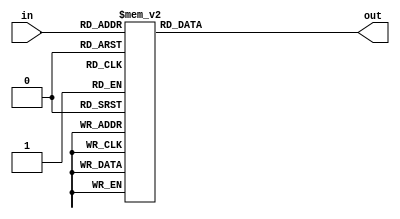
module Sbox (
    input [7:0] in,
    output reg[7:0] out
);
    always @(*) begin
        case(in)
            8'h00:
                out = 8'h63;
            8'h01:
                out = 8'h7C;
            8'h02:
                out = 8'h77;
            8'h03:
                out = 8'h7B;
            8'h04:
                out = 8'hF2;
            8'h05:
                out = 8'h6B;
            8'h06:
                out = 8'h6F;
            8'h07:
                out = 8'hC5;
            8'h08:
                out = 8'h30;
            8'h09:
                out = 8'h01;
            8'h0A:
                out = 8'h67;
            8'h0B:
                out = 8'h2B;
            8'h0C:
                out = 8'hFE;
            8'h0D:
                out = 8'hD7;
            8'h0E:
                out = 8'hAB;
            8'h0F:
                out = 8'h76;
            8'h10:
                out = 8'hCA;
            8'h11:
                out = 8'h82;
            8'h12:
                out = 8'hC9;
            8'h13:
                out = 8'h7D;
            8'h14:
                out = 8'hFA;
            8'h15:
                out = 8'h59;
            8'h16:
                out = 8'h47;
            8'h17:
                out = 8'hF0;
            8'h18:
                out = 8'hAD;
            8'h19:
                out = 8'hD4;
            8'h1A:
                out = 8'hA2;
            8'h1B:
                out = 8'hAF;
            8'h1C:
                out = 8'h9C;
            8'h1D:
                out = 8'hA4;
            8'h1E:
                out = 8'h72;
            8'h1F:
                out = 8'hC0;
            8'h20:
                out = 8'hB7;
            8'h21:
                out = 8'hFD;
            8'h22:
                out = 8'h93;
            8'h23:
                out = 8'h26;
            8'h24:
                out = 8'h36;
            8'h25:
                out = 8'h3F;
            8'h26:
                out = 8'hF7;
            8'h27:
                out = 8'hCC;
            8'h28:
                out = 8'h34;
            8'h29:
                out = 8'hA5;
            8'h2A:
                out = 8'hE5;
            8'h2B:
                out = 8'hF1;
            8'h2C:
                out = 8'h71;
            8'h2D:
                out = 8'hD8;
            8'h2E:
                out = 8'h31;
            8'h2F:
                out = 8'h15;
            8'h30:
                out = 8'h04;
            8'h31:
                out = 8'hC7;
            8'h32:
                out = 8'h23;
            8'h33:
                out = 8'hC3;
            8'h34:
                out = 8'h18;
            8'h35:
                out = 8'h96;
            8'h36:
                out = 8'h05;
            8'h37:
                out = 8'h9A;
            8'h38:
                out = 8'h07;
            8'h39:
                out = 8'h12;
            8'h3A:
                out = 8'h80;
            8'h3B:
                out = 8'hE2;
            8'h3C:
                out = 8'hEB;
            8'h3D:
                out = 8'h27;
            8'h3E:
                out = 8'hB2;
            8'h3F:
                out = 8'h75;
            8'h40:
                out = 8'h09;
            8'h41:
                out = 8'h83;
            8'h42:
                out = 8'h2C;
            8'h43:
                out = 8'h1A;
            8'h44:
                out = 8'h1B;
            8'h45:
                out = 8'h6E;
            8'h46:
                out = 8'h5A;
            8'h47:
                out = 8'hA0;
            8'h48:
                out = 8'h52;
            8'h49:
                out = 8'h3B;
            8'h4A:
                out = 8'hD6;
            8'h4B:
                out = 8'hB3;
            8'h4C:
                out = 8'h29;
            8'h4D:
                out = 8'hE3;
            8'h4E:
                out = 8'h2F;
            8'h4F:
                out = 8'h84;
            8'h50:
                out = 8'h53;
            8'h51:
                out = 8'hD1;
            8'h52:
                out = 8'h00;
            8'h53:
                out = 8'hED;
            8'h54:
                out = 8'h20;
            8'h55:
                out = 8'hFC;
            8'h56:
                out = 8'hB1;
            8'h57:
                out = 8'h5B;
            8'h58:
                out = 8'h6A;
            8'h59:
                out = 8'hCB;
            8'h5A:
                out = 8'hBE;
            8'h5B:
                out = 8'h39;
            8'h5C:
                out = 8'h4A;
            8'h5D:
                out = 8'h4C;
            8'h5E:
                out = 8'h58;
            8'h5F:
                out = 8'hCF;
            8'h60:
                out = 8'hD0;
            8'h61:
                out = 8'hEF;
            8'h62:
                out = 8'hAA;
            8'h63:
                out = 8'hFB;
            8'h64:
                out = 8'h43;
            8'h65:
                out = 8'h4D;
            8'h66:
                out = 8'h33;
            8'h67:
                out = 8'h85;
            8'h68:
                out = 8'h45;
            8'h69:
                out = 8'hF9;
            8'h6A:
                out = 8'h02;
            8'h6B:
                out = 8'h7F;
            8'h6C:
                out = 8'h50;
            8'h6D:
                out = 8'h3C;
            8'h6E:
                out = 8'h9F;
            8'h6F:
                out = 8'hA8;
            8'h70:
                out = 8'h51;
            8'h71:
                out = 8'hA3;
            8'h72:
                out = 8'h40;
            8'h73:
                out = 8'h8F;
            8'h74:
                out = 8'h92;
            8'h75:
                out = 8'h9D;
            8'h76:
                out = 8'h38;
            8'h77:
                out = 8'hF5;
            8'h78:
                out = 8'hBC;
            8'h79:
                out = 8'hB6;
            8'h7A:
                out = 8'hDA;
            8'h7B:
                out = 8'h21;
            8'h7C:
                out = 8'h10;
            8'h7D:
                out = 8'hFF;
            8'h7E:
                out = 8'hF3;
            8'h7F:
                out = 8'hD2;
            8'h80:
                out = 8'hCD;
            8'h81:
                out = 8'h0C;
            8'h82:
                out = 8'h13;
            8'h83:
                out = 8'hEC;
            8'h84:
                out = 8'h5F;
            8'h85:
                out = 8'h97;
            8'h86:
                out = 8'h44;
            8'h87:
                out = 8'h17;
            8'h88:
                out = 8'hC4;
            8'h89:
                out = 8'hA7;
            8'h8A:
                out = 8'h7E;
            8'h8B:
                out = 8'h3D;
            8'h8C:
                out = 8'h64;
            8'h8D:
                out = 8'h5D;
            8'h8E:
                out = 8'h19;
            8'h8F:
                out = 8'h73;
            8'h90:
                out = 8'h60;
            8'h91:
                out = 8'h81;
            8'h92:
                out = 8'h4F;
            8'h93:
                out = 8'hDC;
            8'h94:
                out = 8'h22;
            8'h95:
                out = 8'h2A;
            8'h96:
                out = 8'h90;
            8'h97:
                out = 8'h88;
            8'h98:
                out = 8'h46;
            8'h99:
                out = 8'hEE;
            8'h9A:
                out = 8'hB8;
            8'h9B:
                out = 8'h14;
            8'h9C:
                out = 8'hDE;
            8'h9D:
                out = 8'h5E;
            8'h9E:
                out = 8'h0B;
            8'h9F:
                out = 8'hDB;
            8'hA0:
                out = 8'hE0;
            8'hA1:
                out = 8'h32;
            8'hA2:
                out = 8'h3A;
            8'hA3:
                out = 8'h0A;
            8'hA4:
                out = 8'h49;
            8'hA5:
                out = 8'h06;
            8'hA6:
                out = 8'h24;
            8'hA7:
                out = 8'h5C;
            8'hA8:
                out = 8'hC2;
            8'hA9:
                out = 8'hD3;
            8'hAA:
                out = 8'hAC;
            8'hAB:
                out = 8'h62;
            8'hAC:
                out = 8'h91;
            8'hAD:
                out = 8'h95;
            8'hAE:
                out = 8'hE4;
            8'hAF:
                out = 8'h79;
            8'hB0:
                out = 8'hE7;
            8'hB1:
                out = 8'hC8;
            8'hB2:
                out = 8'h37;
            8'hB3:
                out = 8'h6D;
            8'hB4:
                out = 8'h8D;
            8'hB5:
                out = 8'hD5;
            8'hB6:
                out = 8'h4E;
            8'hB7:
                out = 8'hA9;
            8'hB8:
                out = 8'h6C;
            8'hB9:
                out = 8'h56;
            8'hBA:
                out = 8'hF4;
            8'hBB:
                out = 8'hEA;
            8'hBC:
                out = 8'h65;
            8'hBD:
                out = 8'h7A;
            8'hBE:
                out = 8'hAE;
            8'hBF:
                out = 8'h08;
            8'hC0:
                out = 8'hBA;
            8'hC1:
                out = 8'h78;
            8'hC2:
                out = 8'h25;
            8'hC3:
                out = 8'h2E;
            8'hC4:
                out = 8'h1C;
            8'hC5:
                out = 8'hA6;
            8'hC6:
                out = 8'hB4;
            8'hC7:
                out = 8'hC6;
            8'hC8:
                out = 8'hE8;
            8'hC9:
                out = 8'hDD;
            8'hCA:
                out = 8'h74;
            8'hCB:
                out = 8'h1F;
            8'hCC:
                out = 8'h4B;
            8'hCD:
                out = 8'hBD;
            8'hCE:
                out = 8'h8B;
            8'hCF:
                out = 8'h8A;
            8'hD0:
                out = 8'h70;
            8'hD1:
                out = 8'h3E;
            8'hD2:
                out = 8'hB5;
            8'hD3:
                out = 8'h66;
            8'hD4:
                out = 8'h48;
            8'hD5:
                out = 8'h03;
            8'hD6:
                out = 8'hF6;
            8'hD7:
                out = 8'h0E;
            8'hD8:
                out = 8'h61;
            8'hD9:
                out = 8'h35;
            8'hDA:
                out = 8'h57;
            8'hDB:
                out = 8'hB9;
            8'hDC:
                out = 8'h86;
            8'hDD:
                out = 8'hC1;
            8'hDE:
                out = 8'h1D;
            8'hDF:
                out = 8'h9E;
            8'hE0:
                out = 8'hE1;
            8'hE1:
                out = 8'hF8;
            8'hE2:
                out = 8'h98;
            8'hE3:
                out = 8'h11;
            8'hE4:
                out = 8'h69;
            8'hE5:
                out = 8'hD9;
            8'hE6:
                out = 8'h8E;
            8'hE7:
                out = 8'h94;
            8'hE8:
                out = 8'h9B;
            8'hE9:
                out = 8'h1E;
            8'hEA:
                out = 8'h87;
            8'hEB:
                out = 8'hE9;
            8'hEC:
                out = 8'hCE;
            8'hED:
                out = 8'h55;
            8'hEE:
                out = 8'h28;
            8'hEF:
                out = 8'hDF;
            8'hF0:
                out = 8'h8C;
            8'hF1:
                out = 8'hA1;
            8'hF2:
                out = 8'h89;
            8'hF3:
                out = 8'h0D;
            8'hF4:
                out = 8'hBF;
            8'hF5:
                out = 8'hE6;
            8'hF6:
                out = 8'h42;
            8'hF7:
                out = 8'h68;
            8'hF8:
                out = 8'h41;
            8'hF9:
                out = 8'h99;
            8'hFA:
                out = 8'h2D;
            8'hFB:
                out = 8'h0F;
            8'hFC:
                out = 8'hB0;
            8'hFD:
                out = 8'h54;
            8'hFE:
                out = 8'hBB;
            8'hFF:
                out = 8'h16;
        endcase
    end
endmodule